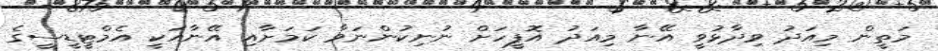
މަތީން މިއަދު ވިދާޅުވީ އޭނާ މިއަދު އޮފީހަށް ނުނިކުންނަވާ ކަމަށާއި އޭނާއަކީ އެމްޓީޑީސީގެ